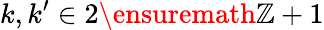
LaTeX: k,k^{\prime}\in 2\ensuremath{\mathbb{Z}}+1